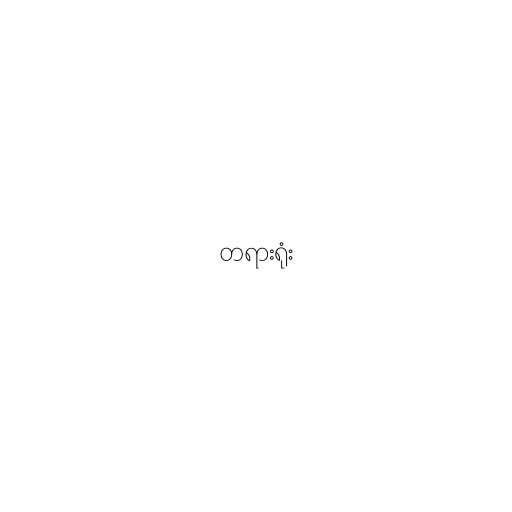
တရားရုံး